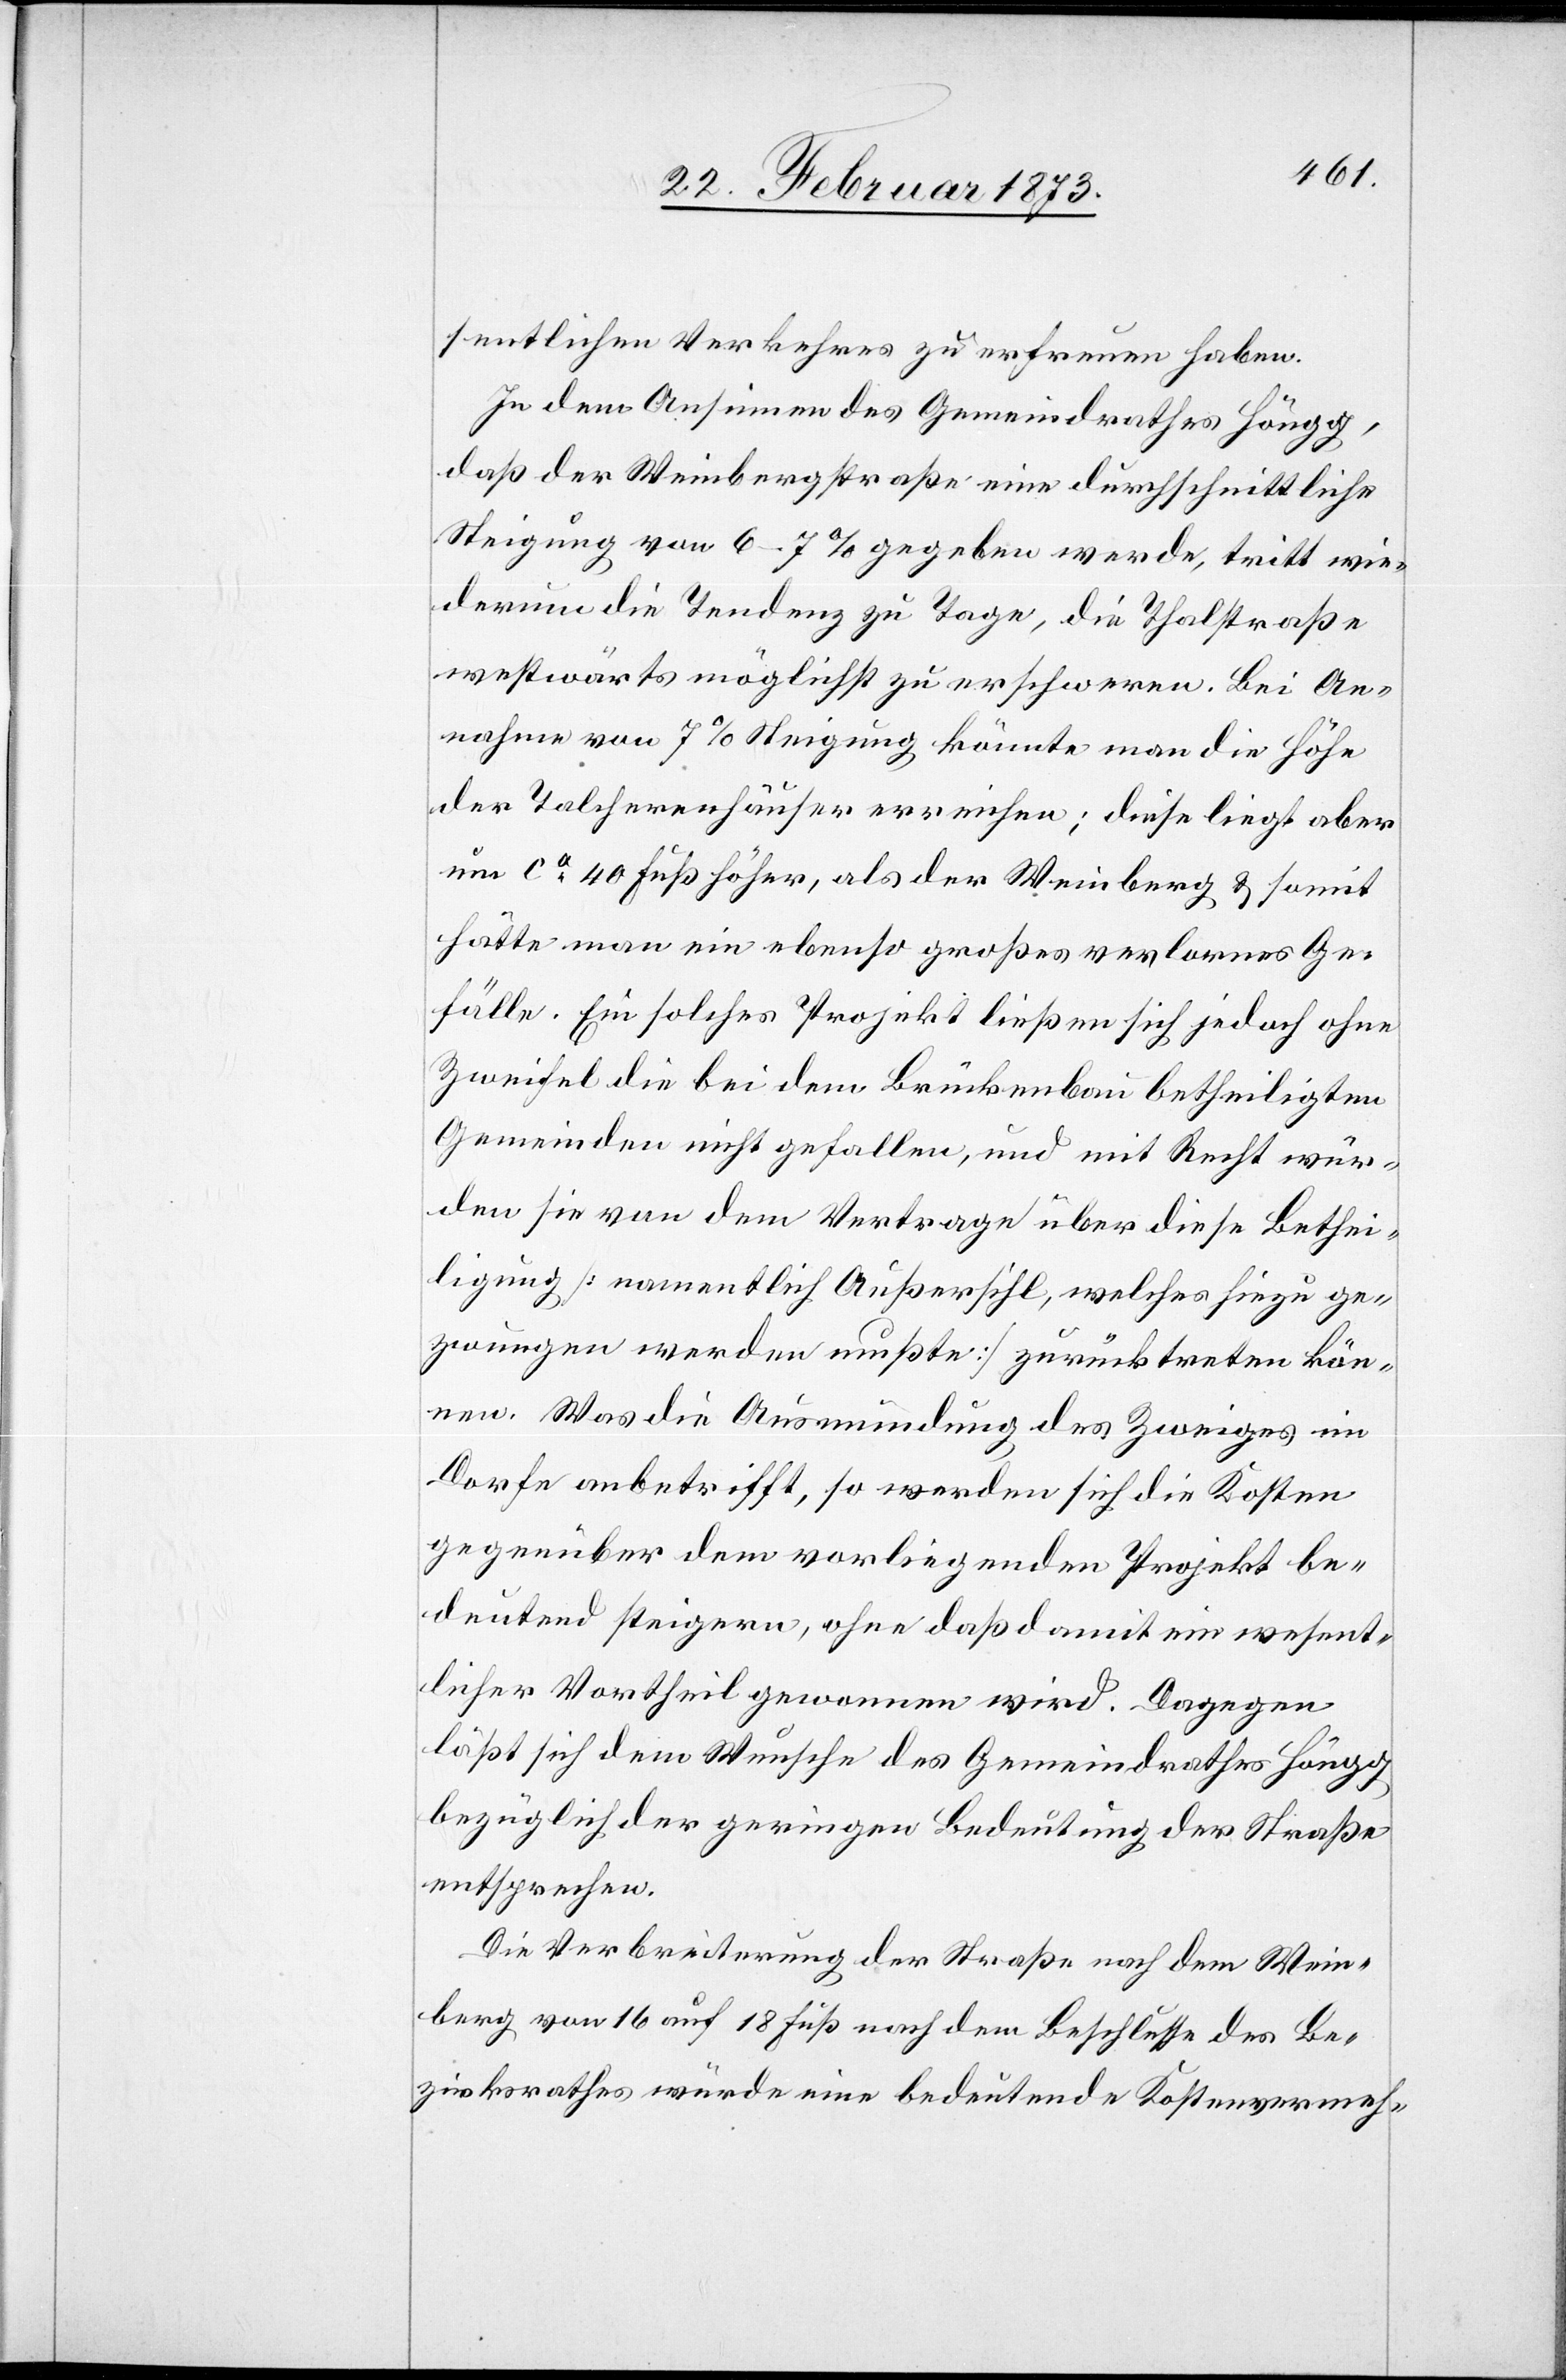
sentlichen Verkehres zu erfreuen haben.
In dem Ansinnen des Gemeindrathes Höngg,
daß der Weinbergstraße eine durchschnittliche
Steigung von 6–7% gegeben werde, tritt wie¬
derum die Tendenz zu Tage, die Thalstraße
westwärts möglichst zu erschweren. Bei An¬
nahme von 7% Steigung könnte man die Höhe
der Talcherenhäuser erreichen; diese liegt aber
um ca 40 Fuß höher, als der Weinberg u. somit
hätte man ein ebenso großes verlorenes Ge¬
fälle. Ein solches Projekt ließen sich jedoch ohne
Zweifel die bei dem Brückenbau betheiligten
Gemeinden nicht gefallen, und mit Recht wür¬
den sie von dem Vertrage über diese Bethei¬
ligung [namentlich Außersihl, welches hiezu ge¬
zwungen werden mußte] zurücktreten kön¬
nen. Was die Ausmündung des Zweiges im
Dorfe anbetrifft, so werden sich die Kosten
gegenüber dem vorliegenden Projekt be¬
deutend steigern, ohne daß damit ein wesent¬
licher Vortheil gewonnen wird. Dagegen
läßt sich dem Wunsche des Gemeindrathes Höngg
bezüglich der geringen Bedeutung der Straße
entsprechen.
Die Verbindung der Straße nach dem Wein¬
berg von 16 auf 18 Fuß nach dem Beschlusse des Be¬
zirksrathes würde eine bedeutende Kostenvermeh-